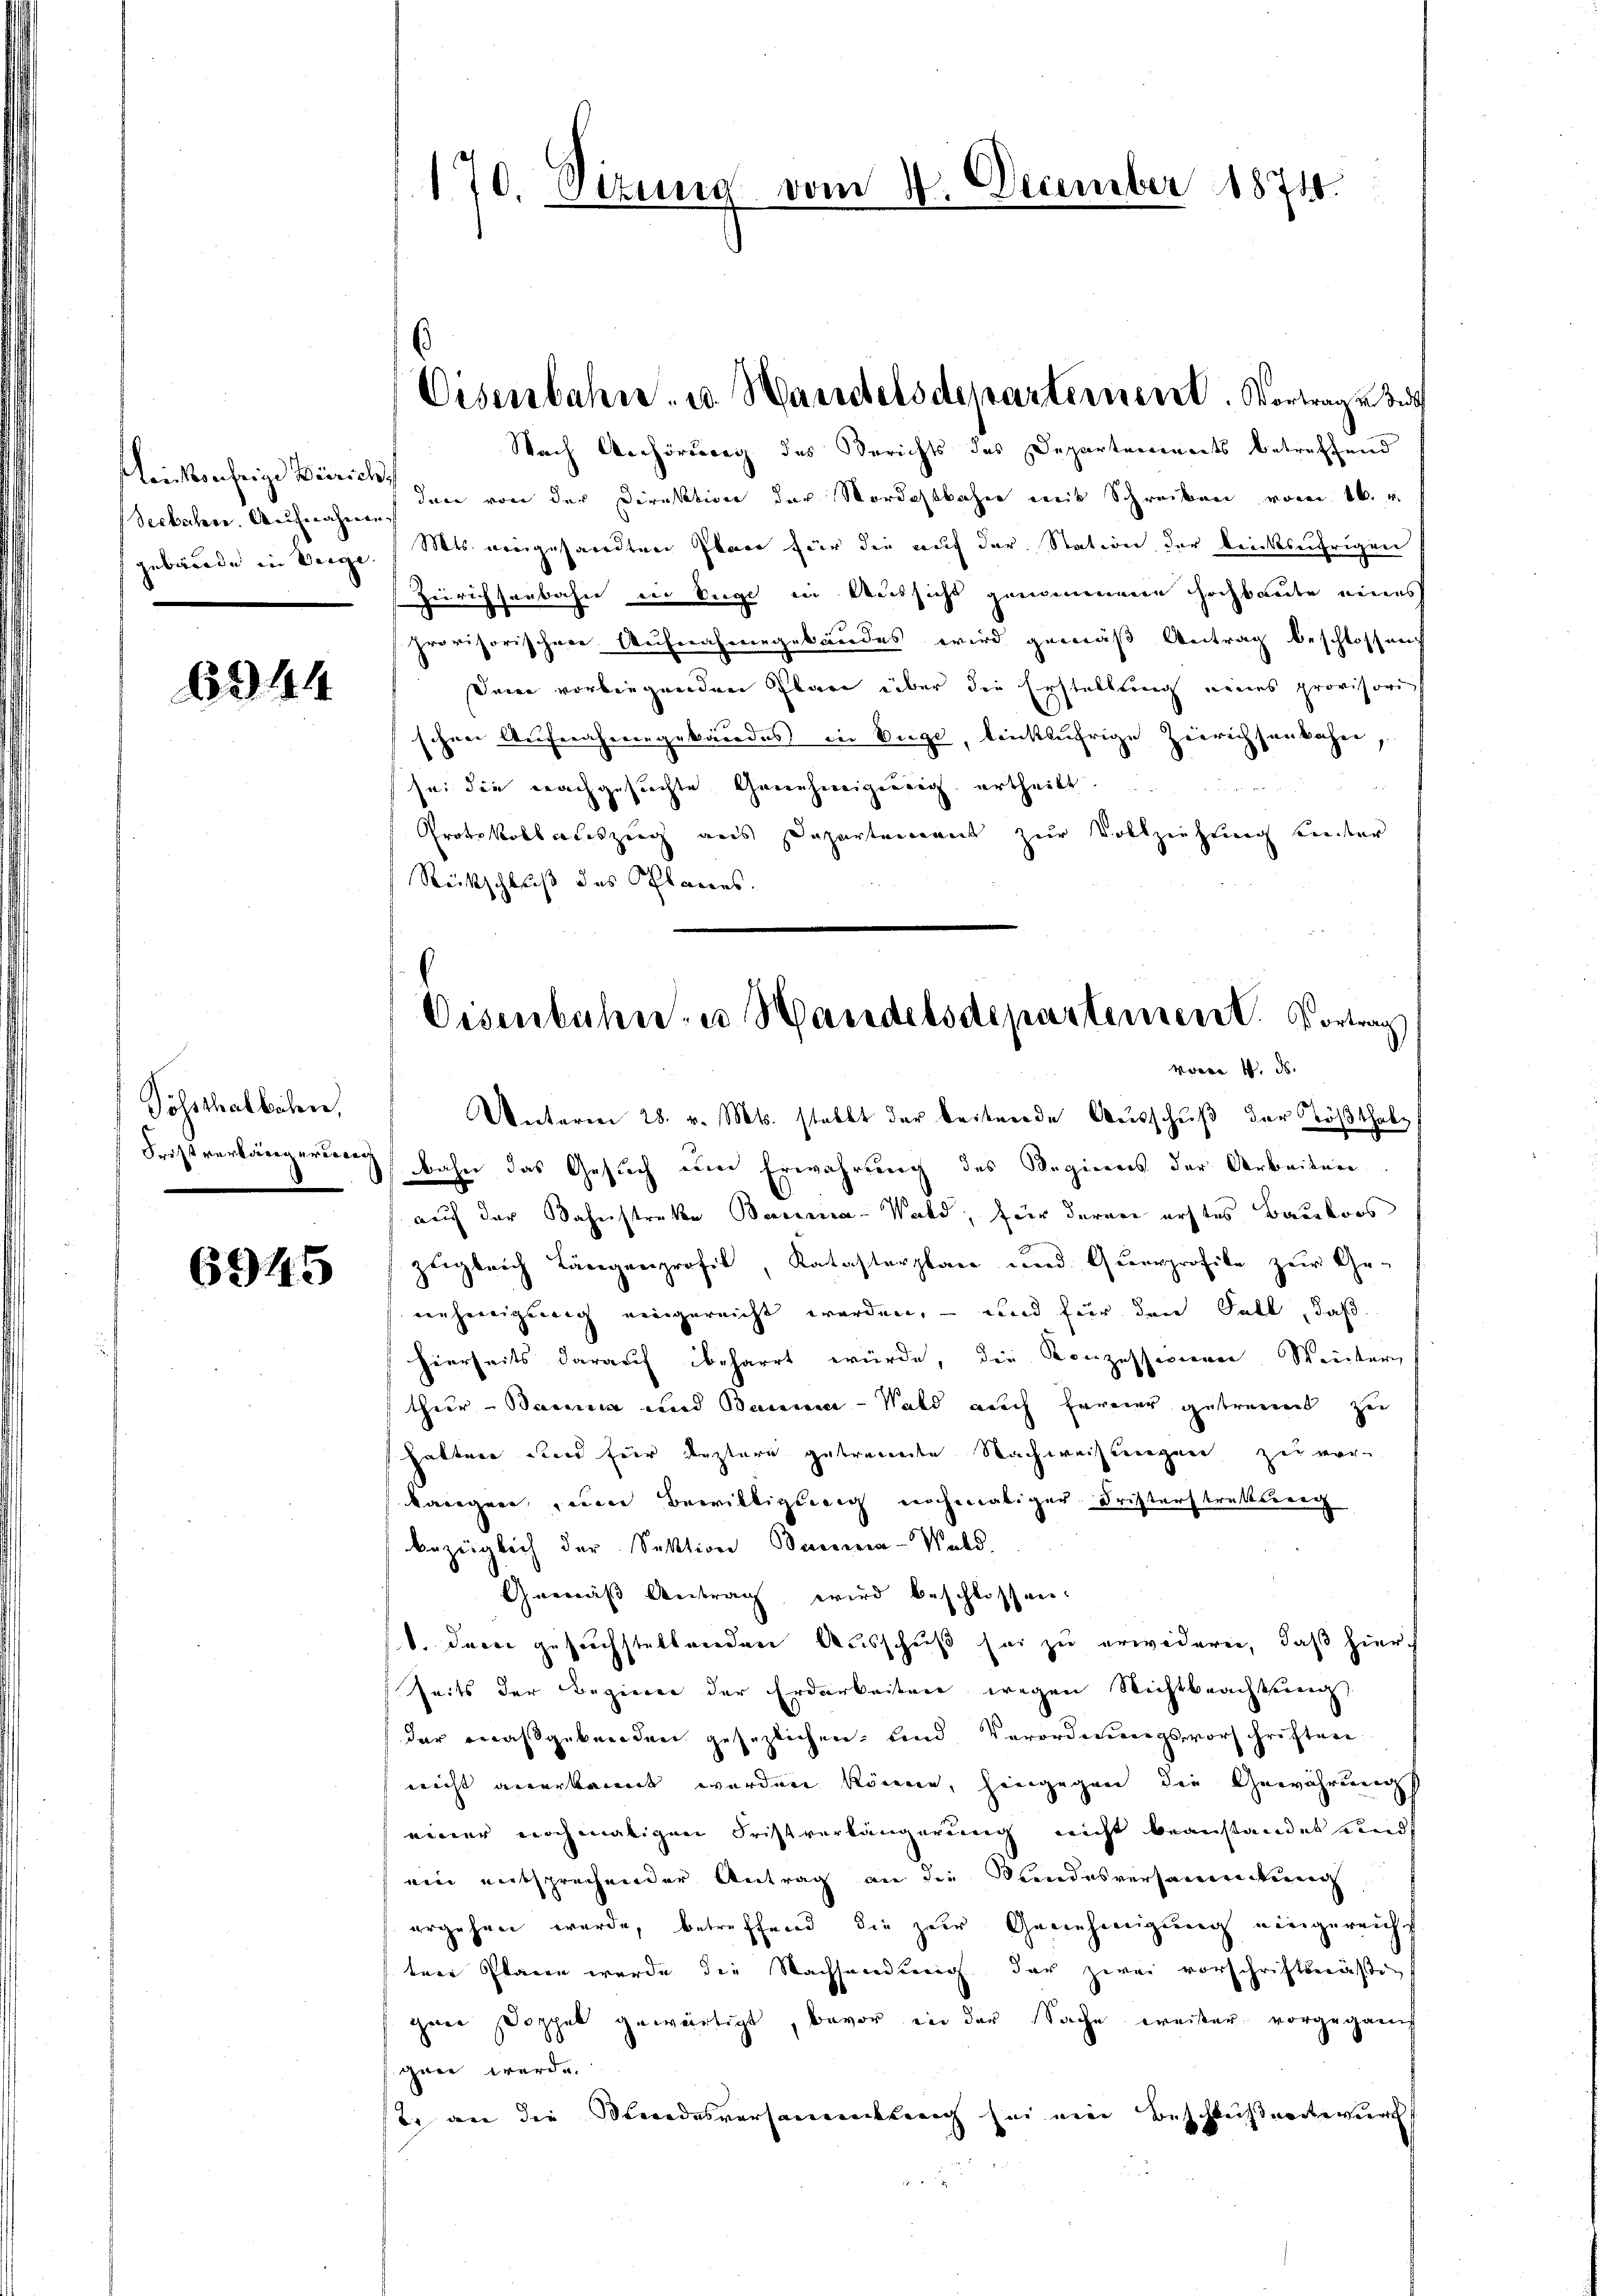
einkufrige Zürich,

6344

Söhsthalbahn,

6945

Nach Anhörung des Berichts des Departenwerts betreffend
Seebachen. Aufnahe der von der Direktion der Nordostbahne mit Schreiben vom 16. v.
gebäude in Vergl. Mts. eingesandten Plan für die auf der Station der bricksährigen
Zürichsenbahn in Auge in Aussicht genommene Hochbaute eines
provisorischere Aufnahmegebäudes wird gemäß Antrag beschlossen
Deine vorliegenden Plare über die Erstellung neues provisori
schen Aufnahmegebäudes in Buge, leichführige Zierichsenbahn,
s
sei die nachgesuchte Genehmigung ertheilt.
Protokollauszeig aus Departement zur Vollziehung hinter
Rückschluß des Planes.

170. Sizung vom 14. December 1874.

s

Eisenbahn. u. Wandelsdepartement. Vortrag ein

Oisenbahn- u. Handelsdepartenseret. Vortrag
we 4. ds.

Unterm 28. v. Mts. stellt der beitende Ausschuß der Tößthal¬
Fristverlängerung bahn das Gesuch um Erwahrung des Regieres der Arbeiten
auf der Bahnstreke Bauma-Wald, für deren erstes Bauderes
zugleich Längenprofil, Katasterplane und Querprofile zur Ge-
nehmigung eingereicht werden, – und für den Fall, daß
hierseits darauf beharrt würde, die Konzessionen Weiter
thur–Bauma und Baume - Wald auch Erreier getrennt zu
halten und für Leztere getrennte Nachweisungen zu war
kangen, seien bewilligung nochmaliger Fristerstrettung
bezüglich der Sektion Bauma-Wald.
Gemäß Antrag wird beschlossen.
1. dann gesuchstellenden Ausschuß sei zu erwidern, daß hier-
Zeits der Beginner der Erdarkeiten wegen Richtbeachtung
der maßgebenden gesezlichen, und Verordnungsvorschriften
nicht anerkannt werden könne, hingegen die Gewährung
einer nochmaligen Fristverlängerung nicht beanstandet und
ein entsprechender Antrag an die Sandesversamenkung,
ergehen wurde, betreffend die zur Genehmigung eingereicht
ten Plane wurde die Nachsendung der zwei vorschriftsmäßig
zwei Doppel gewärtigt, bevor in der Sache weiser vorgegann
gan werde.
ste an die Mindesversammlung sei ein Beschlußentwurf